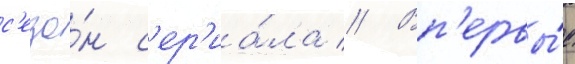
с'езо́н с'ер'иа́ла // Вп'ервы́е